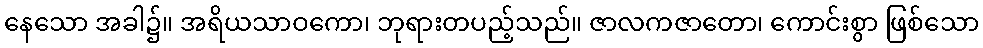
နေသော အခါ၌။ အရိယသာဝကော၊ ဘုရားတပည့်သည်။ ဇာလကဇာတော၊ ကောင်းစွာ ဖြစ်သော